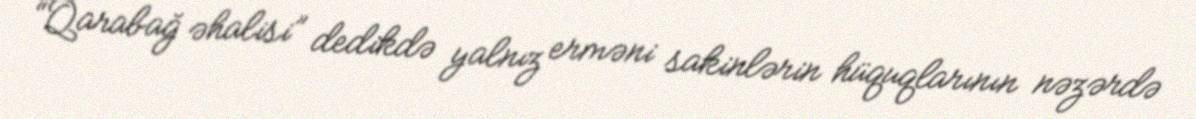
“Qarabağ əhalisi” dedikdə yalnız erməni sakinlərin hüquqlarının nəzərdə